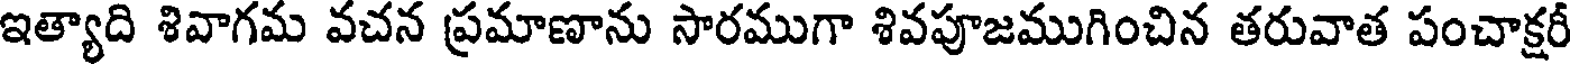
ఇత్యాది శివాగమ వచన ప్రమాణాను సారముగా శివపూజముగించిన తరువాత పంచాక్షరీ